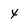
Character: x